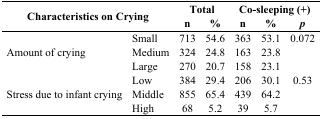
<table><thead><tr><td rowspan="2" colspan="2"><b>Characteristics on Crying</b></td><td colspan="2"><b>Total</b></td><td colspan="3"><b>Co-sleeping (+)</b></td></tr><tr><td><b>n</b></td><td><b>%</b></td><td><b>n</b></td><td><b>%</b></td><td><b><i>p</i></b></td></tr></thead><tbody><tr><td rowspan="3">Amount of crying</td><td>Small</td><td>713</td><td>54.6</td><td>363</td><td>53.1</td><td>0.072</td></tr><tr><td>Medium</td><td>324</td><td>24.8</td><td>163</td><td>23.8</td><td></td></tr><tr><td>Large</td><td>270</td><td>20.7</td><td>158</td><td>23.1</td><td></td></tr><tr><td rowspan="3">Stress due to infant crying</td><td>Low</td><td>384</td><td>29.4</td><td>206</td><td>30.1</td><td>0.53</td></tr><tr><td>Middle</td><td>855</td><td>65.4</td><td>439</td><td>64.2</td><td></td></tr><tr><td>High</td><td>68</td><td>5.2</td><td>39</td><td>5.7</td><td></td></tr></tbody></table>